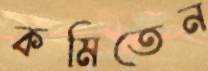
কমিতেন